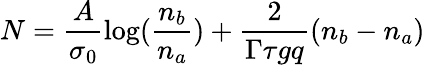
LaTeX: N=\frac{A}{\sigma_{0}}\textrm{log}(\frac{n_{b}}{n_{a}})+\frac{2}{\Gamma\tau gq}(n_{b}-n_{a})